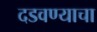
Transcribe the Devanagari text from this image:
दडवण्याचा